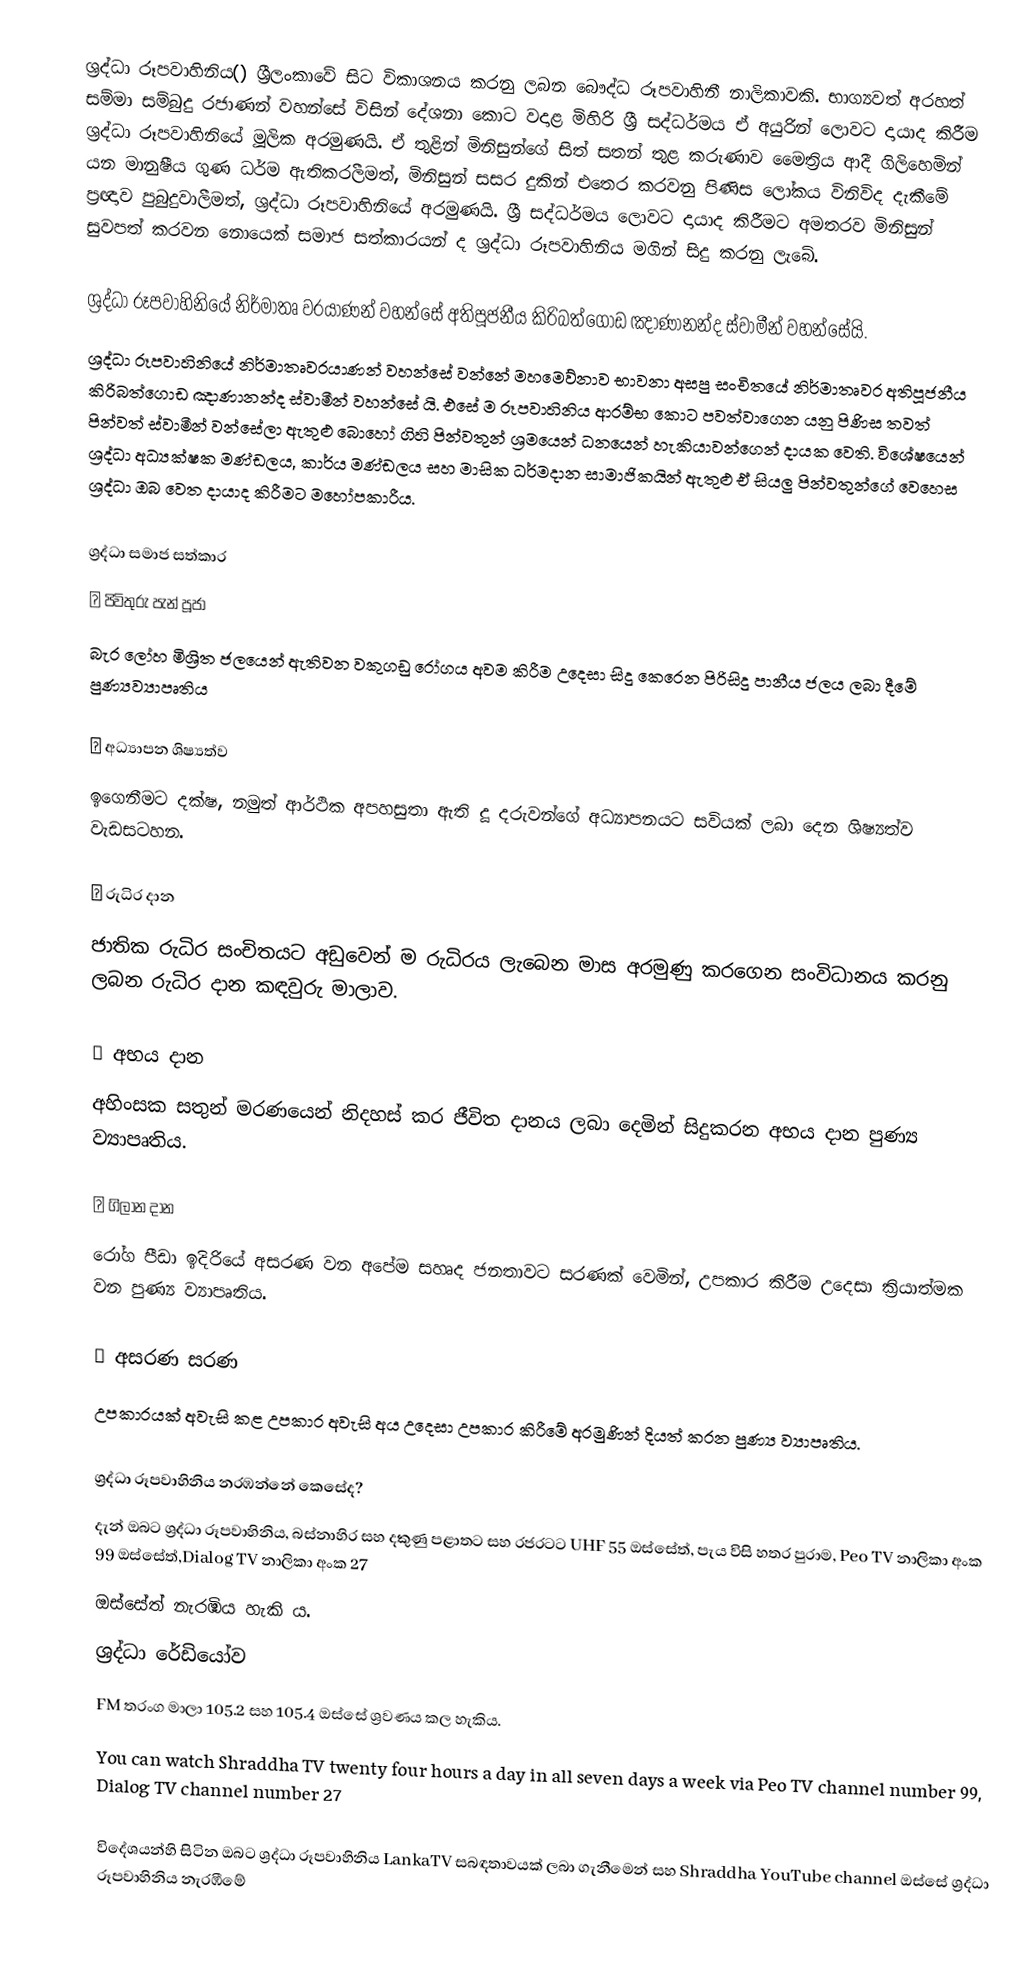
ශ්‍රද්ධා රූපවාහිනිය() ශ්‍රීලංකාවේ සිට විකාශනය කරනු ලබන බෞද්ධ රූපවාහිනී නාලිකාවකි. භාග්‍යවත් අරහත් සම්මා සම්බුදු රජාණන් වහන්සේ විසින් දේශනා කොට වදාළ මිහිරි ශ්‍රී සද්ධර්මය ඒ අයුරින් ලොවට දායාද කිරීම ශ්‍රද්ධා රූපවාහිනියේ මූලික අරමුණයි. ඒ තුළින් මිනිසුන්ගේ සිත් සතන් තුළ කරුණාව මෛත්‍රිය ආදී ගිලිහෙමින් යන මානුෂීය ගුණ ධර්ම ඇතිකරලීමත්, මිනිසුන් සසර දුකින් එතෙර කරවනු පිණිස ලෝකය විනිවිද දැකීමේ ප්‍රඥාව පුබුදුවාලීමත්, ශ්‍රද්ධා රූපවාහිනියේ අරමුණයි. ශ්‍රී සද්ධර්මය ලොවට දායාද කිරීමට අමතරව මිනිසුන් සුවපත් කරවන නොයෙක් සමාජ සත්කාරයන් ද ශ්‍රද්ධා රූපවාහිනිය මගින් සිදු කරනු ලැබේ.

ශ්‍රද්ධා රූපවාහිනියේ නිර්මාතෘ වරයාණන් වහන්සේ අතිපූජනීය කිරිබත්ගොඩ ඤාණානන්ද ස්වාමීන් වහන්සේයි.
ශ්‍රද්ධා රූපවාහිනි‍යේ නිර්මාතෘවරයාණන් වහන්සේ වන්නේ මහමෙව්නාව භාවනා අසපු සංචිතයේ නිර්මාතෘවර අතිපූජනීය කිරිබත්ගොඩ ඤාණානන්ද ස්වාමීන් වහන්සේ යි. එසේ ම රූපවාහිනිය ආරම්භ කොට පවත්වාගෙන යනු පිණිස තවත් පින්වත් ස්වාමීන් වන්සේලා ඇතුළු බොහෝ ගිහි පින්වතුන් ශ්‍රමයෙන් ධනයෙන් හැකියාවන්ගෙන් දායක වෙති. විශේෂයෙන් ශ්‍රද්ධා අධ්‍යක්ෂක මණ්ඩලය, කාර්ය මණ්ඩලය සහ මාසික ධර්මදාන සාමාජිකයින් ඇතුළු ඒ සියලු පින්වතුන්ගේ වෙහෙස ශ්‍රද්ධා ඔබ වෙත දායාද කිරීමට මහෝපකාරීය.

ශ්‍රද්ධා සමාජ සත්කාර
 ● පිවිතුරු පැන් පූජා
   බැර ලෝහ මිශ්‍රිත ජලයෙන් ඇතිවන වකුගඩු රෝගය අවම කිරීම උදෙසා සිදු කෙරෙන පිරිසිදු පානීය ජලය ලබා දීමේ පුණ්‍යව්‍යාපෘතිය

 ● අධ්‍යාපන ශිෂ්‍යත්ව
   ඉගෙනීමට දක්ෂ, නමුත් ආර්ථික අපහසුතා ඇති දූ දරුවන්ගේ අධ්‍යාපනයට සවියක් ලබා දෙන ශිෂ්‍යත්ව වැඩසටහන.

 ● රුධිර දාන
   ජාතික රුධිර සංචිතයට අඩුවෙන් ම රුධිරය ලැබෙන මාස අරමුණු කරගෙන සංවිධානය කරනු ලබන රුධිර දාන කඳවුරු මාලාව.

 ● අභය දාන
   අහිංසක සතුන් මරණයෙන් නිදහස් කර ජීවිත දානය ලබා දෙමින් සිදුකරන අභය දාන පුණ්‍ය ව්‍යාපෘතිය.

 ● ගිලාන දාන
   රෝග පීඩා ඉදිරියේ අසරණ වන අපේම සහෘද ජනතාවට සරණක් වෙමින්, උපකාර කිරීම උදෙසා ක්‍රියාත්මක වන පුණ්‍ය ව්‍යාපෘතිය.

 ● අසරණ සරණ
   උපකාරයක් අවැසි කළ උපකාර අවැසි අය උදෙසා උපකාර කිරීමේ අරමුණින් දියත් කරන පුණ්‍ය ව්‍යාපෘතිය.

ශ්‍රද්ධා රූපවාහිනිය නරඹන්නේ කෙසේද?
  දැන් ඔබට ශ්‍රද්ධා රූපවාහිනිය, බස්නාහිර සහ දකුණු පළාතට සහ රජරටට UHF 55 ඔස්සේත්,  පැය විසි හතර පුරාම, Peo TV නාලිකා අංක 99 ඔස්සේත්,Dialog TV නාලිකා අංක 27
  ඔස්සේත් නැරඹිය හැකි ය.
  ශ්‍රද්ධා    රේඩියෝව
  FM තරංග මාලා 105.2 සහ 105.4 ඔස්සේ ශ්‍රවණය කල හැකිය.
  You can watch Shraddha TV twenty four hours a day in all seven days a week via Peo TV channel number 99, Dialog TV channel number 27

  විදේශයන්හි සිටින ඔබට ශ්‍රද්ධා රූපවාහිනිය LankaTV සබඳතාවයක් ලබා ගැනීමෙන් සහ Shraddha YouTube channel ඔස්සේ ශ්‍රද්ධා රූපවාහිනිය නැරඹීමේ